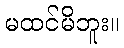
မထင်မိဘူး။